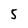
Character: 5